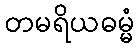
တမရိယဓမ္မံ